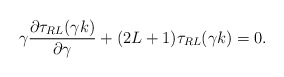
\begin{align*}\gamma\frac{{\partial} \tau_{RL}(\gamma k)}{{\partial} \gamma}+(2L+1)\tau_{RL}(\gamma k)=0.\end{align*}